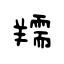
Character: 羺